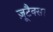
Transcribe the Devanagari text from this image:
ज़ूटैक्सा